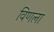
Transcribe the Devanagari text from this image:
विणला